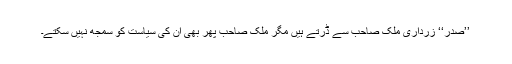
’’صدر‘‘ زرداری ملک صاحب سے ڈرتے ہیں مگر ملک صاحب پھر بھی ان کی سیاست کو سمجھ نہیں سکتے۔